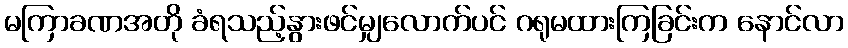
မကြာခဏအတို ခံရသည့်နွားဖင်မျှလောက်ပင် ဂရုမထားကြခြင်းက နောင်လာ